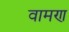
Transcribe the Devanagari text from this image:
वामण